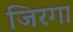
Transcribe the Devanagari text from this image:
जिरगा